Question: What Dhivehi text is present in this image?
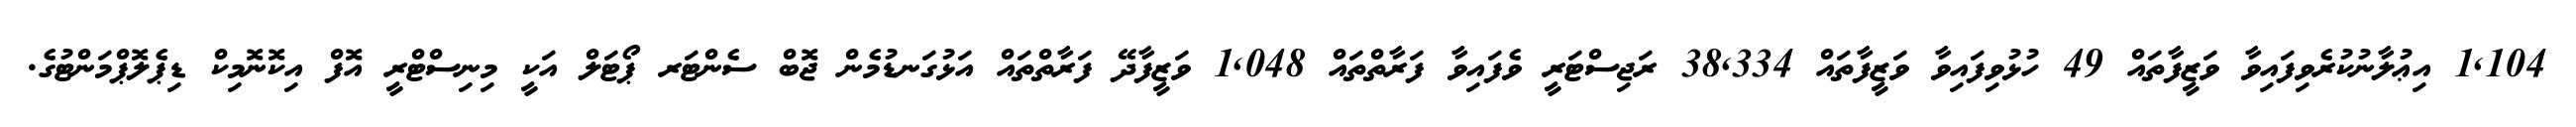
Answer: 1,104 އިޢުލާނުކުރެވިފައިވާ ވަޒީފާތައް 49 ހުޅުވިފައިވާ ވަޒީފާތައް 38,334 ރަޖިސްޓަރީ ވެފައިވާ ފަރާތްތައް 1,048 ވަޒީފާދޭ ފަރާތްތައް އަޅުގަނޑުމެން ޖޮބް ސެންޓަރ ޕޯޓަލް އަކީ މިނިސްޓްރީ އޮފް އިކޮނޮމިކް ޑިޕެލޮޕްމަންޓުގެ.